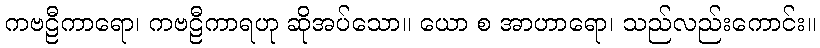
ကဗဠီကာရော၊ ကဗဠီကာရဟု ဆိုအပ်သော။ ယော စ အာဟာရော၊ သည်လည်းကောင်း။